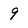
Character: 9